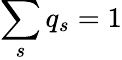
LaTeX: \sum_{s}q_{s}=1